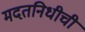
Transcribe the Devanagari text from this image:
मदतनिधीची